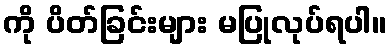
ကို ပိတ်ခြင်းများ မပြုလုပ်ရပါ။